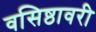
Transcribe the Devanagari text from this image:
वसिष्ठावरी